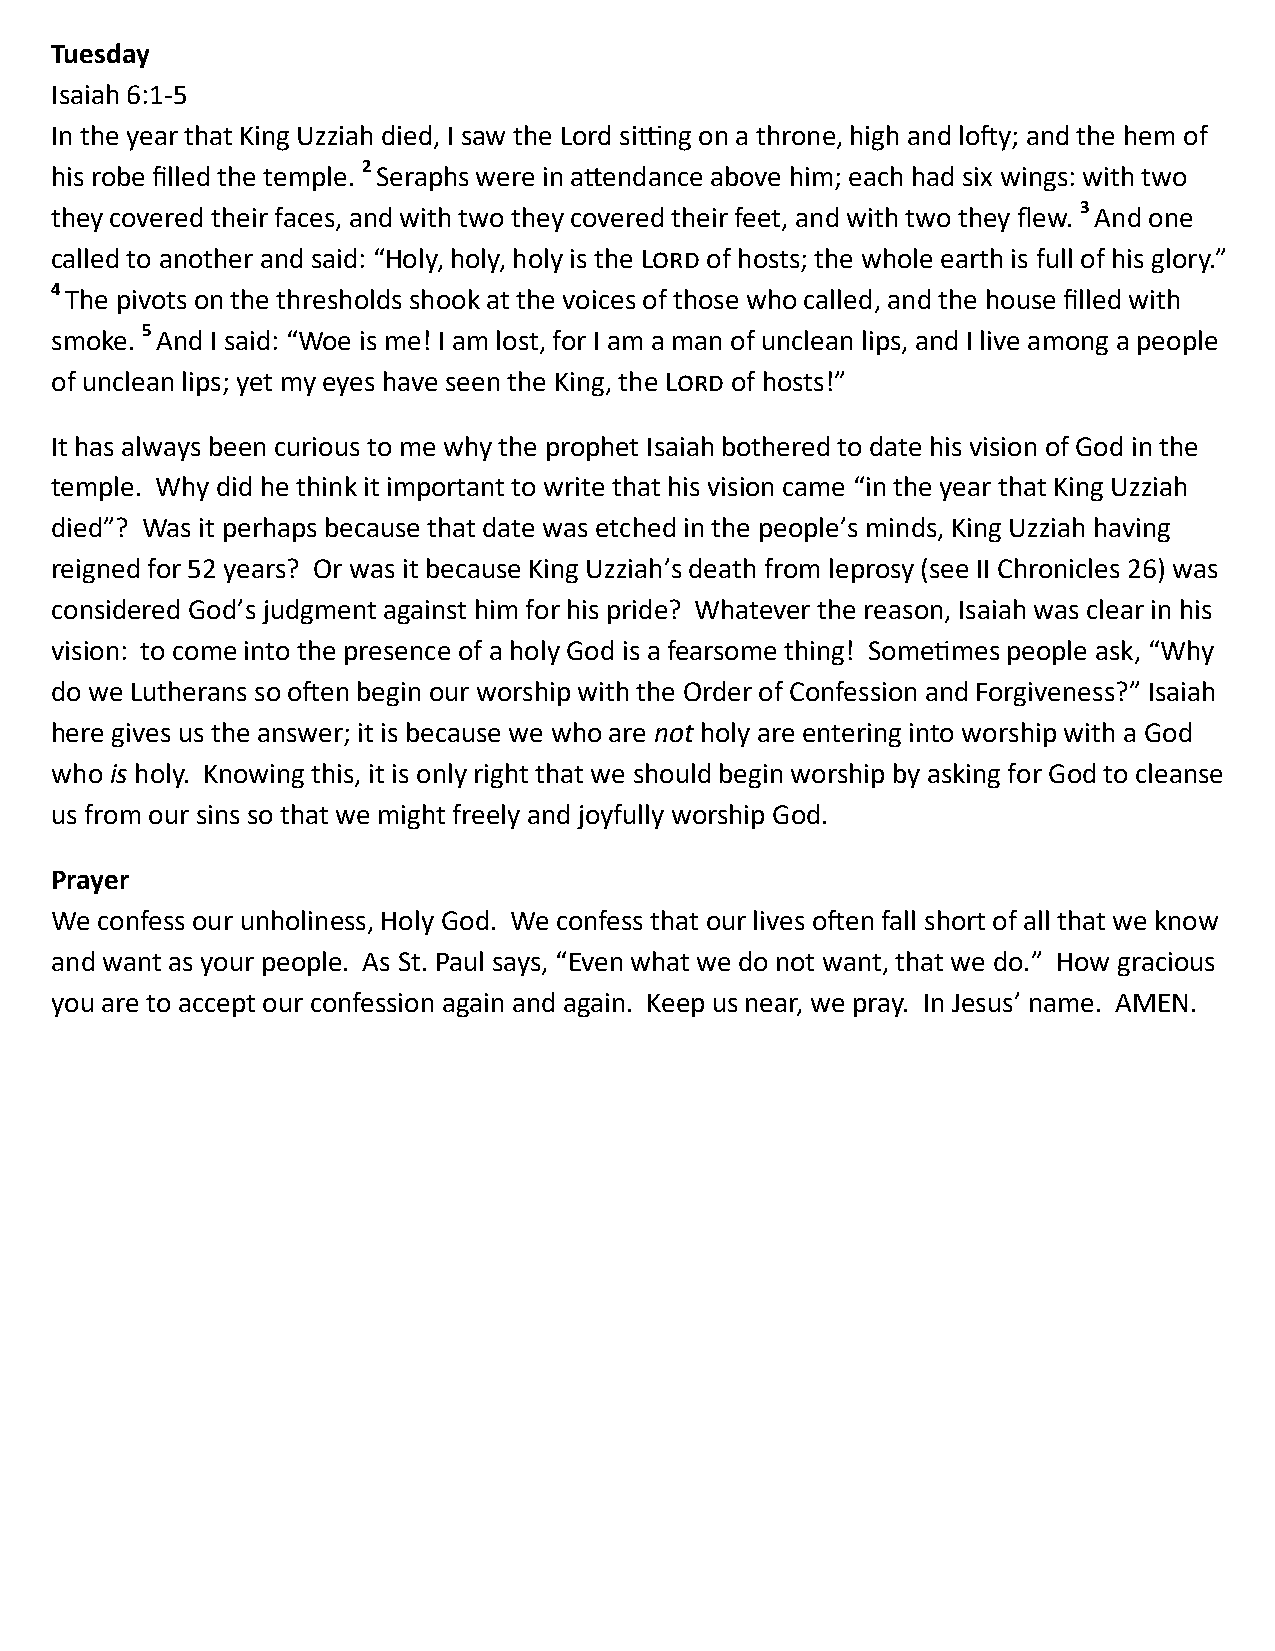
Tuesday
 Isaiah 6:1-5
 In the year that King Uzziah died, I saw the Lord sitting on a throne, high and lofty; and the hem of
 his robe filled the temple. 2 Seraphs were in attendance above him; each had six wings: with two
 they covered their faces, and with two they covered their feet, and with two they flew. 3 And one
 called to another and said: “Holy, holy, holy is the Lord of hosts; the whole earth is full of his glory.”
 4 The pivots on the thresholds shook at the voices of those who called, and the house filled with
 smoke. 5 And I said: “Woe is me! I am lost, for I am a man of unclean lips, and I live among a people
 of unclean lips; yet my eyes have seen the King, the Lord of hosts!”
 It has always been curious to me why the prophet Isaiah bothered to date his vision of God in the
 temple. Why did he think it important to write that his vision came “in the year that King Uzziah
 died”? Was it perhaps because that date was etched in the people’s minds, King Uzziah having
 reigned for 52 years? Or was it because King Uzziah’s death from leprosy (see II Chronicles 26) was
 considered God’s judgment against him for his pride? Whatever the reason, Isaiah was clear in his
 vision: to come into the presence of a holy God is a fearsome thing! Sometimes people ask, “Why
 do we Lutherans so often begin our worship with the Order of Confession and Forgiveness?” Isaiah
 here gives us the answer; it is because we who are not holy are entering into worship with a God
 who is holy. Knowing this, it is only right that we should begin worship by asking for God to cleanse
 us from our sins so that we might freely and joyfully worship God.
 Prayer
 We confess our unholiness, Holy God. We confess that our lives often fall short of all that we know
 and want as your people. As St. Paul says, “Even what we do not want, that we do.” How gracious
 you are to accept our confession again and again. Keep us near, we pray. In Jesus’ name. AMEN.